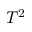
T ^ { 2 }